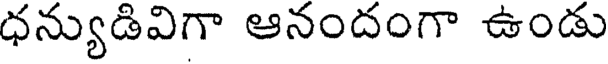
ధన్యుడివిగా ఆనందంగా ఉండు